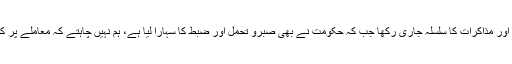
احسن اقبال کا کہنا تھا کہ ہم نے دھرنے والوں سے ہر سطح پر مذاکرات کیے اور مذاکرات کا سلسلہ جاری رکھا جب کہ حکومت نے بھی صبرو تحمل اور ضبط کا سہارا لیا ہے، ہم نہیں چاہتے کہ معاملے پر کوئی کشیدگی پیدا ہو، پاکستان کی پارلیمنٹ اور عوام ختم نبوت کے محافظ ہیں۔